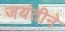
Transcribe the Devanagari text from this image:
जयंतीने